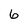
Character: 6